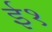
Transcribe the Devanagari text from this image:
ई१